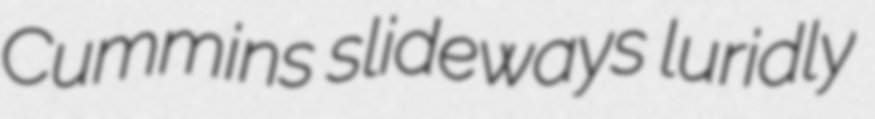
Cummins slideways luridly